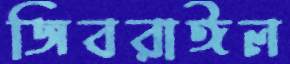
জিবরাঈল